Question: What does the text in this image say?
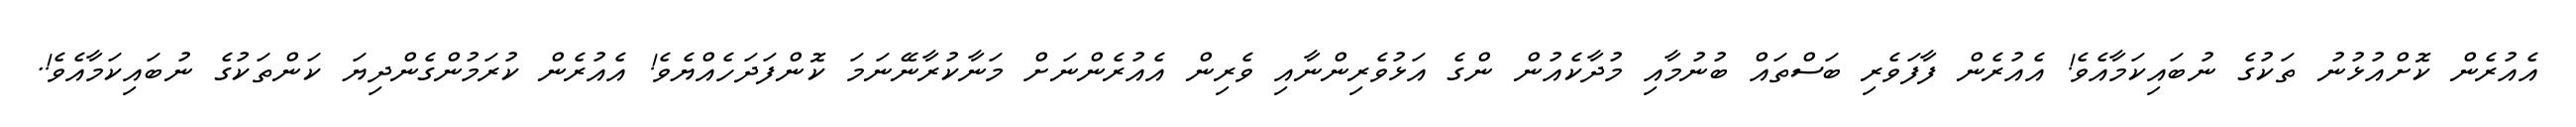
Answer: އެއުރެން ކޮށްއުޅުނު ތަކުގެ ނުބައިކަމާއެވެ! އެއުރެން ފާފަވެރި ބަސްތައް ބުނުމާއި މުދާކެއުން ންގެ އަޅުވެރިންނާއި ވެރިން އެއުރެންނަށް މަނާކުރާނޭނަމަ ކޮންފަދަހެއްޔެވެ! އެއުރެން ކުރަމުންގެންދިޔަ ކަންތަކުގެ ނުބައިކަމާއެވެ!.